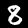
Digit: 8